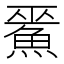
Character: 𲌵